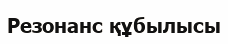
Резонанс құбылысы